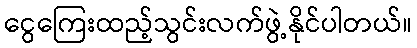
ငွေကြေးထည့်သွင်းလက်ဖွဲ့နိုင်ပါတယ်။